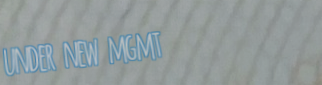
under new mgmt